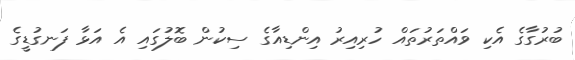
ބުރުގާގެ އެކި ވައްތަރުތައް ހުރިއިރު އިންޑިއާގެ ސިކުން ބޮލުގައި އެ އަޅާ ފަނގުޑީގެ